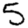
Digit: 5